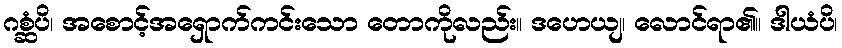
ဂစ္ဆံပိ၊ အစောင့်အရှောက်ကင်းသော တောကိုလည်း။ ဒဟေယျ၊ လောင်ရာ၏။ ဒါယံပိ၊